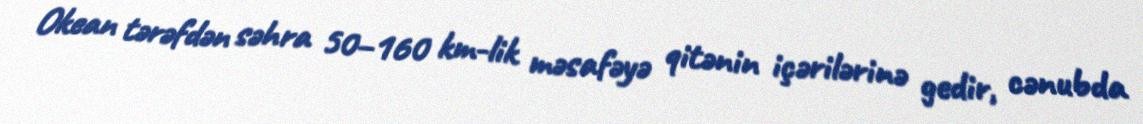
Okean tərəfdən səhra 50–160 km-lik məsafəyə qitənin içərilərinə gedir, cənubda